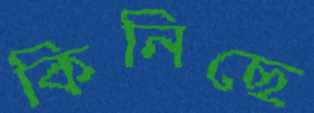
কিনিছে